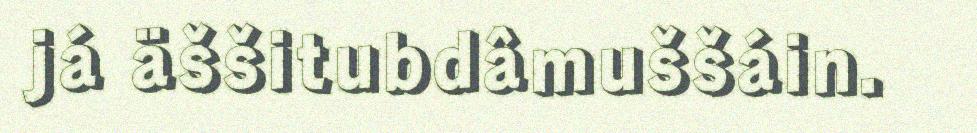
já äššitubdâmuššáin.